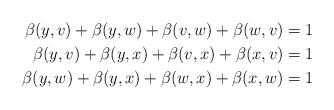
LaTeX: \begin{align*}\beta(y,v)+\beta(y,w)+\beta(v,w)+\beta(w,v) & =1\\\beta(y,v)+\beta(y,x)+\beta(v,x)+\beta(x,v) & =1\\\beta(y,w)+\beta(y,x)+\beta(w,x)+\beta(x,w) & =1\end{align*}